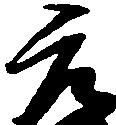
元